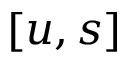
[ u , s ]